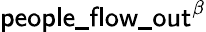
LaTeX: \mathsf{people\_ flow\_ out}^{\beta}